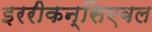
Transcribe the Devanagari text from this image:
इररीकन्सिएबल